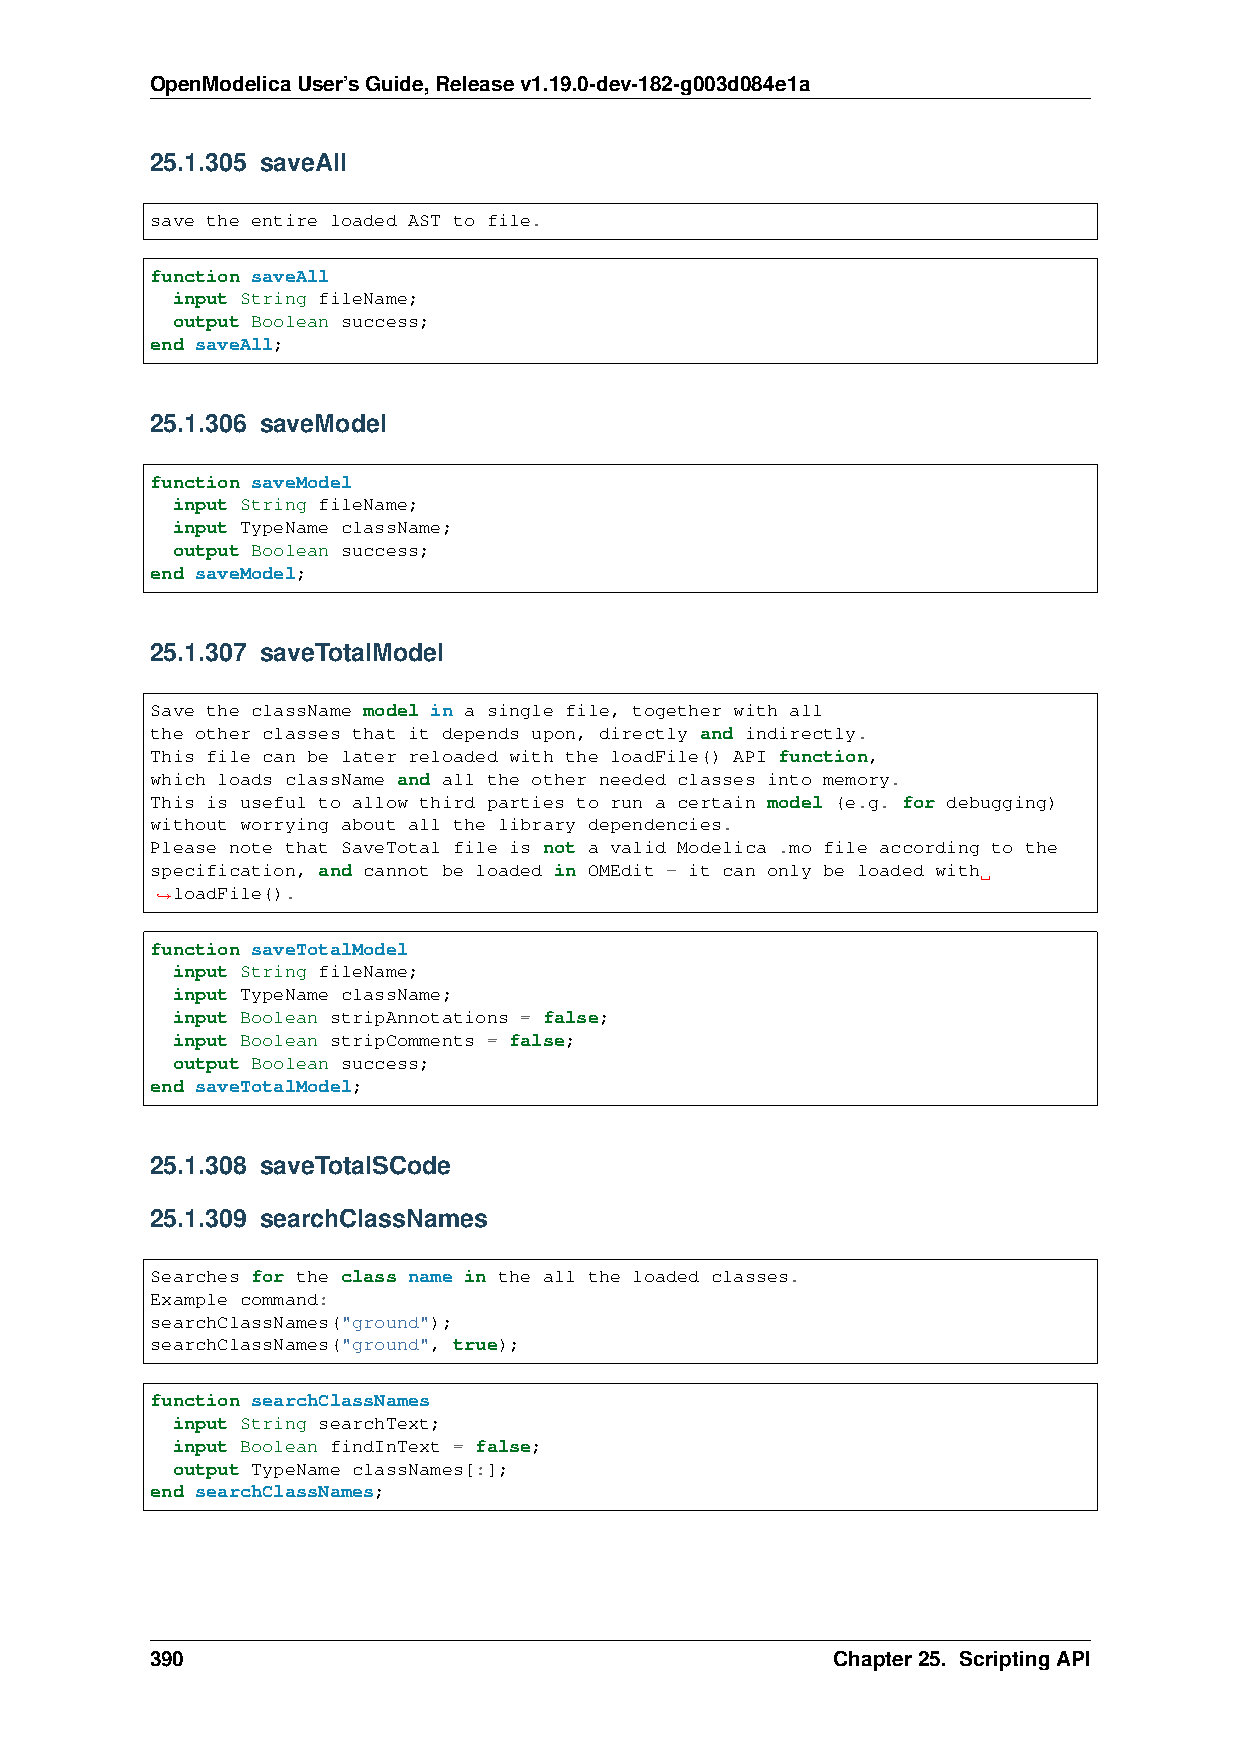
OpenModelicaUser’sGuide,Releasev1.19.0-dev-182-g003d084e1a
 25.1.305 saveAll
 save the entire loaded AST to file.
 function saveAll
 input String fileName;
 output Boolean success;
 end saveAll;
 25.1.306 saveModel
 function saveModel
 input String fileName;
 input TypeName className;
 output Boolean success;
 end saveModel;
 25.1.307 saveTotalModel
 Save the className model in a single file, together with all
 the other classes that it depends upon, directly and indirectly.
 This file can be later reloaded with the loadFile() API function,
 which loads className and all the other needed classes into memory.
 This is useful to allow third parties to run a certain model (e.g. for debugging)
 without worrying about all the library dependencies.
 Please note that SaveTotal file is not a valid Modelica .mo file according to the
 specification, and cannot be loaded in OMEdit - it can only be loaded with
 loadFile().
 ˓→
 function saveTotalModel
 input String fileName;
 input TypeName className;
 input Boolean stripAnnotations = false;
 input Boolean stripComments = false;
 output Boolean success;
 end saveTotalModel;
 25.1.308 saveTotalSCode
 25.1.309 searchClassNames
 Searches for the class name in the all the loaded classes.
 Example command:
 searchClassNames("ground");
 searchClassNames("ground", true);
 function searchClassNames
 input String searchText;
 input Boolean findInText = false;
 output TypeName classNames[:];
 end searchClassNames;
 390                                          Chapter25. ScriptingAPI